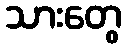
သားတွေ